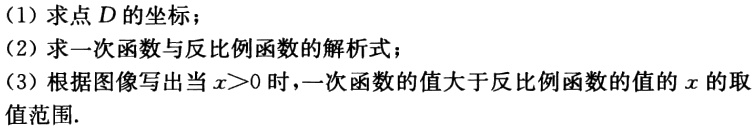
(1) 求点\(D\)的坐标；
(2) 求一次函数与反比例函数的解析式；
(3) 根据图像写出当\(x > 0\)时，一次函数的值大于反比例函数的值的\(x\)的取值范围.